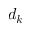
d _ { k }